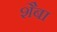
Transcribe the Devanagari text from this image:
शैबा